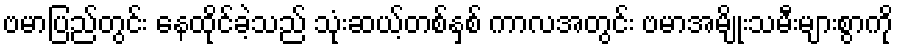
ဗမာပြည်တွင်း နေထိုင်ခဲ့သည် သုံးဆယ့်တစ်နှစ် ကာလအတွင်း ဗမာအမျိုးသမီးများစွာကို